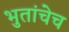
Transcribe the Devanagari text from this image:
भुतांचेच